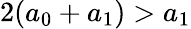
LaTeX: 2(a_{0}+a_{1})>a_{1}